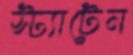
স্ট্যাটেন